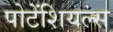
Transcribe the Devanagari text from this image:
पोटेंशियल्स